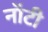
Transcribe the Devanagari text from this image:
नॉटी